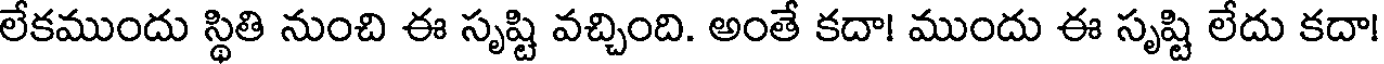
లేకముందు స్థితి నుంచి ఈ సృష్టి వచ్చింది. అంతే కదా! ముందు ఈ సృష్టి లేదు కదా